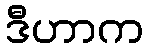
ဒီဟာက